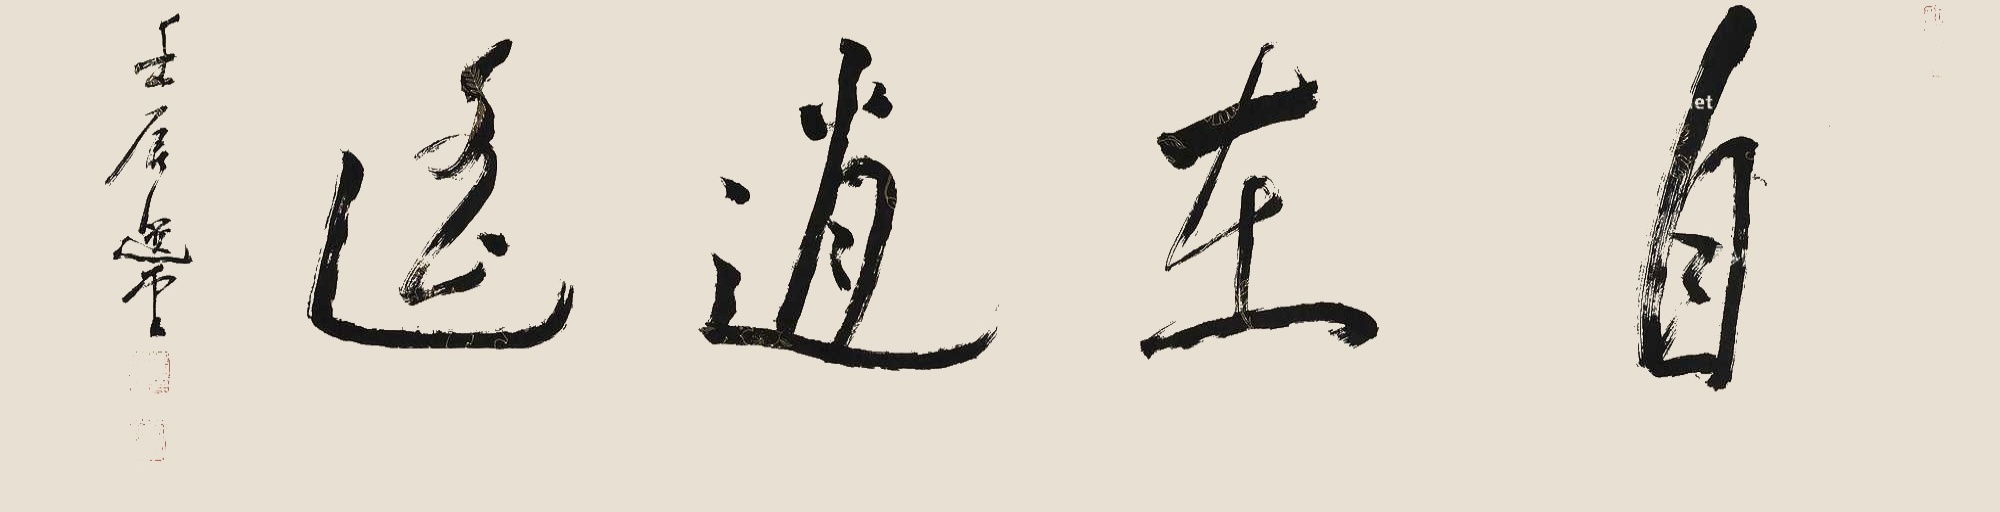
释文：自在逍遥。壬辰，选堂。